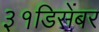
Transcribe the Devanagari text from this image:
३१डिसेंबर